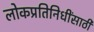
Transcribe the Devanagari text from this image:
लोकप्रतिनिधींसाठी